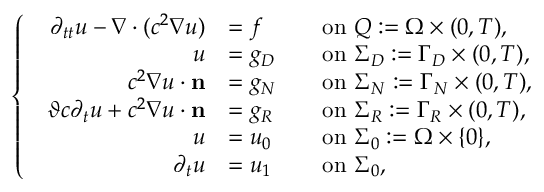
\left\{ \begin{array} { l l } { \begin{array} { r l r l } { \partial _ { t t } u - \nabla \cdot ( c ^ { 2 } \nabla u ) } & { = f } & & { \mathrm { o n ~ } Q : = \Omega \times ( 0 , T ) , } \\ { u } & { = g _ { D } } & & { \mathrm { o n ~ } \Sigma _ { D } : = \Gamma _ { D } \times ( 0 , T ) , } \\ { c ^ { 2 } \nabla u \cdot \mathbf { n } } & { = g _ { N } } & & { \mathrm { o n ~ } \Sigma _ { N } : = \Gamma _ { N } \times ( 0 , T ) , } \\ { { \vartheta c \partial _ { t } u + c ^ { 2 } \nabla u \cdot \mathbf { n } } } & { = g _ { R } } & & { \mathrm { o n ~ } \Sigma _ { R } : = \Gamma _ { R } \times ( 0 , T ) , } \\ { u } & { = u _ { 0 } } & & { \mathrm { o n ~ } \Sigma _ { 0 } : = \Omega \times \{ 0 \} , } \\ { \partial _ { t } u } & { = u _ { 1 } } & & { \mathrm { o n ~ } \Sigma _ { 0 } , } \end{array} } \end{array} \right.